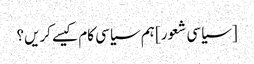
[سیاسی شعور] ہم سیاسی کام کیسے کریں؟